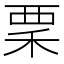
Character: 䅇